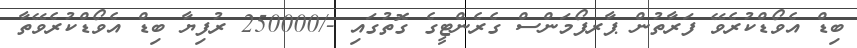
ބިޑް އެވޯޑްކުރެވޭ ފަރާތުން ޕާރފޯމަންސް ގެރެންޓީގެ ގޮތުގައި -/250000 ރުފިޔާ ބިޑް އެވޯޑްކުރެވޭތާ